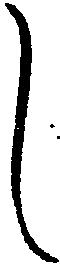
し